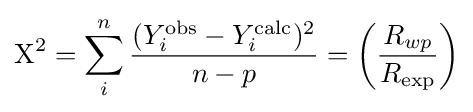
\mathrm {X} ^{2}=\sum _{i}^{n}{\frac {(Y_{i}^{\text{obs}}-Y_{i}^{\text{calc}})^{2}}{n-p}}=\left({\frac {R_{wp}}{R_{\text{exp}}}}\right)